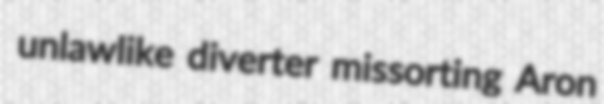
unlawlike diverter missorting Aron